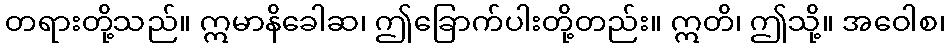
တရားတို့သည်။ ဣမာနိခေါဆ၊ ဤခြောက်ပါးတို့တည်း။ ဣတိ၊ ဤသို့။ အဝေါစ၊